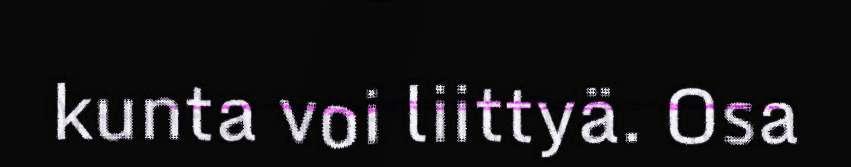
kunta voi liittyä. Osa